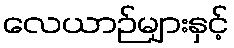
လေယာဉ်များနှင့်